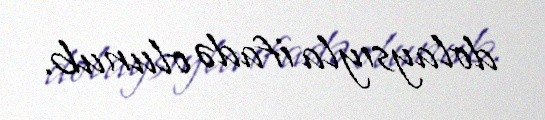
dolaysıyla ifadə olunub.